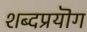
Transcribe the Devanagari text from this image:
शब्दप्रयॊग